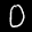
Label: 0